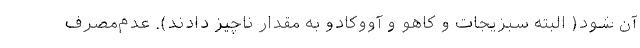
آن شود( البته سبزیجات و کاهو و آووکادو به مقدار ناچیز دادند). عدم‌مصرف